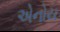
એનોય